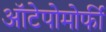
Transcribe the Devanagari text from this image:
ऑटेपोमोर्फी